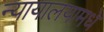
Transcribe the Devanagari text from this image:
न्यायालयामधे